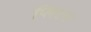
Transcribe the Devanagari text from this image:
प्लिंप्टन